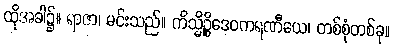
ထိုအခါ၌။ ရာဇာ၊ မင်းသည်။ ကိသ္မိဉ္စိဒေဝကရဏီယေ၊ တစ်စုံတစ်ခု။